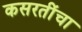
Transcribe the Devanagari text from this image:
कसरतींचा